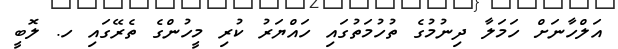
އަލްހާނަށް ހަމަލާ ދިނުމުގެ ތުހުމަތުގައި ހައްޔަރު ކުރި މީހުންގެ ތެރޭގައި ހ. ލޮބީ